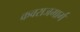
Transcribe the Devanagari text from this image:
कवराजमार्ग